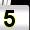
Digit: 5